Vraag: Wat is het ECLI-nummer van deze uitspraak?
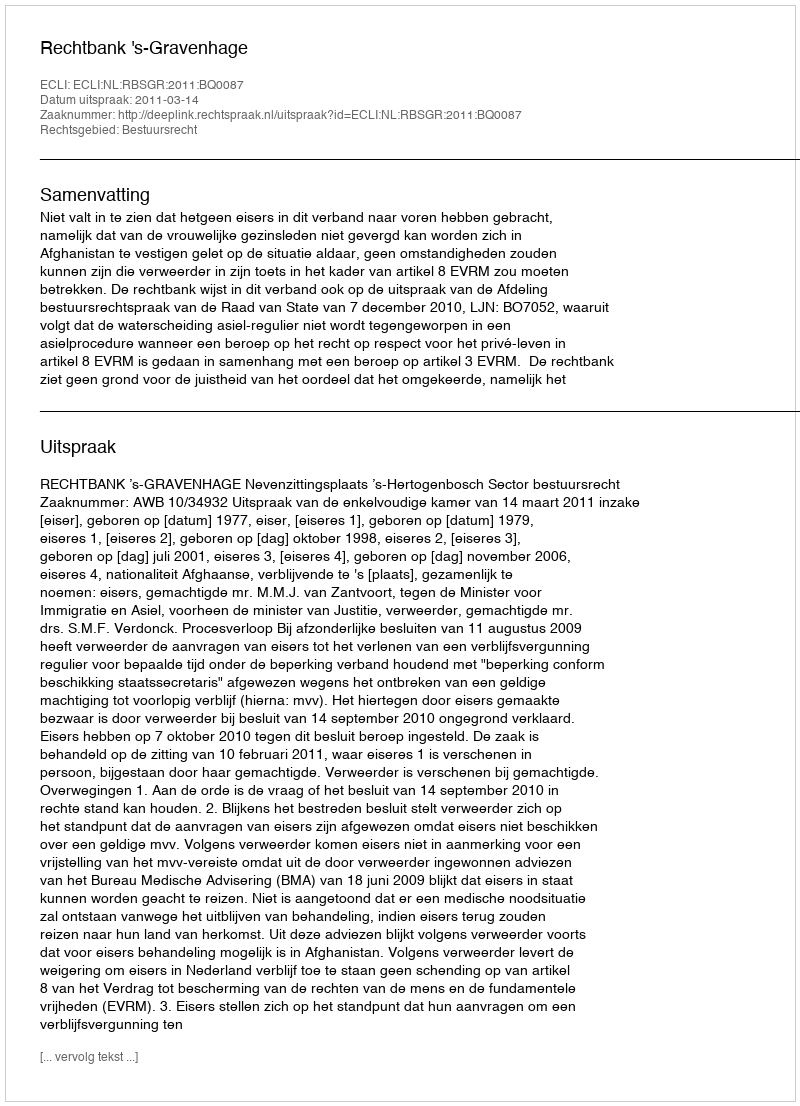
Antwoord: ECLI:NL:RBSGR:2011:BQ0087